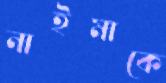
নাইমাকে